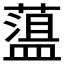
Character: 𦼬